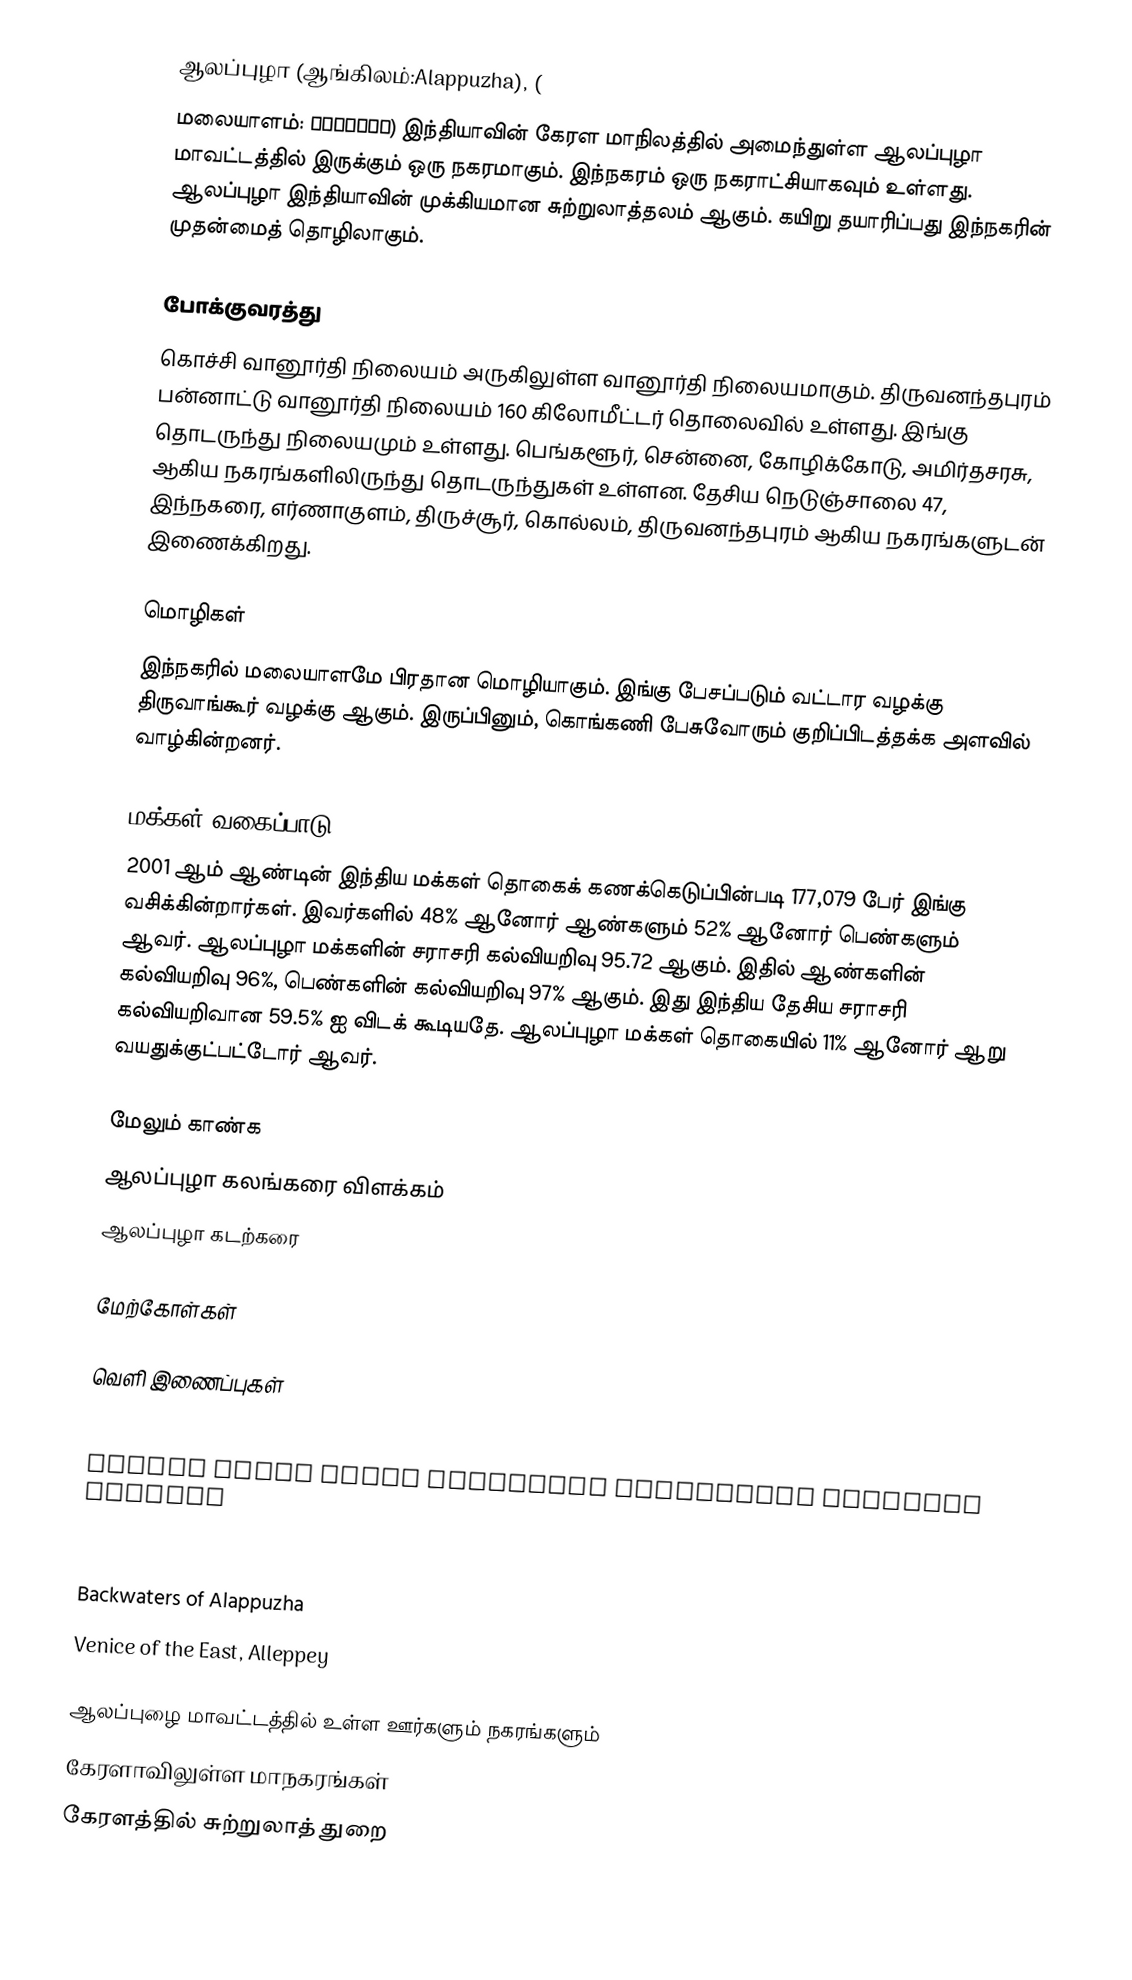
ஆலப்புழா (ஆங்கிலம்:Alappuzha), (
மலையாளம்: ആലപ്പുഴ)  இந்தியாவின் கேரள மாநிலத்தில் அமைந்துள்ள ஆலப்புழா மாவட்டத்தில் இருக்கும் ஒரு நகரமாகும். இந்நகரம் ஒரு நகராட்சியாகவும் உள்ளது. ஆலப்புழா இந்தியாவின் முக்கியமான சுற்றுலாத்தலம் ஆகும். கயிறு தயாரிப்பது இந்நகரின் முதன்மைத் தொழிலாகும்.

போக்குவரத்து
கொச்சி வானூர்தி நிலையம் அருகிலுள்ள வானூர்தி நிலையமாகும். திருவனந்தபுரம் பன்னாட்டு வானூர்தி நிலையம் 160 கிலோமீட்டர் தொலைவில் உள்ளது. இங்கு தொடருந்து நிலையமும் உள்ளது. பெங்களூர், சென்னை, கோழிக்கோடு, அமிர்தசரசு, ஆகிய நகரங்களிலிருந்து தொடருந்துகள் உள்ளன. தேசிய நெடுஞ்சாலை 47, இந்நகரை, எர்ணாகுளம், திருச்சூர், கொல்லம், திருவனந்தபுரம் ஆகிய நகரங்களுடன் இணைக்கிறது.

மொழிகள்
இந்நகரில் மலையாளமே பிரதான மொழியாகும். இங்கு பேசப்படும் வட்டார வழக்கு திருவாங்கூர் வழக்கு ஆகும். இருப்பினும், கொங்கணி பேசுவோரும் குறிப்பிடத்தக்க அளவில் வாழ்கின்றனர்.

மக்கள் வகைப்பாடு
2001 ஆம் ஆண்டின் இந்திய மக்கள் தொகைக் கணக்கெடுப்பின்படி 177,079 பேர் இங்கு வசிக்கின்றார்கள். இவர்களில் 48% ஆனோர் ஆண்களும் 52% ஆனோர் பெண்களும் ஆவர். ஆலப்புழா மக்களின் சராசரி கல்வியறிவு  95.72 ஆகும். இதில் ஆண்களின் கல்வியறிவு 96%, பெண்களின் கல்வியறிவு 97% ஆகும். இது இந்திய தேசிய சராசரி கல்வியறிவான 59.5% ஐ விடக் கூடியதே. ஆலப்புழா மக்கள் தொகையில் 11% ஆனோர் ஆறு வயதுக்குட்பட்டோர் ஆவர்.

மேலும் காண்க
 ஆலப்புழா கலங்கரை விளக்கம்
 ஆலப்புழா கடற்கரை

மேற்கோள்கள்

வெளி இணைப்புகள்

 Kerala State Water Transport Department official website
 Official website of Alappuzha District

 Backwaters of Alappuzha
 Venice of the East, Alleppey

ஆலப்புழை மாவட்டத்தில் உள்ள ஊர்களும் நகரங்களும்
கேரளாவிலுள்ள மாநகரங்கள்
கேரளத்தில் சுற்றுலாத் துறை